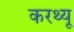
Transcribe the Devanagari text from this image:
करथ्यू